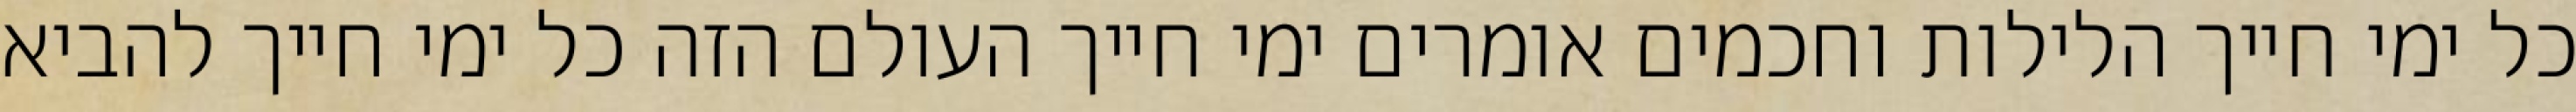
כל ימי חייך הלילות וחכמים אומרים ימי חייך העולם הזה כל ימי חייך להביא